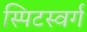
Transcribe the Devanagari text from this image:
स्पिटस्वर्ग